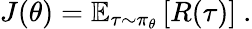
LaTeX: J(\theta)=\mathbb{E}_{\tau\sim\pi_{\theta}}\left[R(\tau)\right]~.